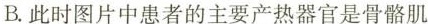
B.此时图片中患者的主要产热器官是骨骼肌